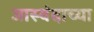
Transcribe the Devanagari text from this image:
जास्वंदाच्या